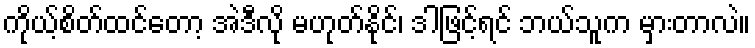
ကိုယ့်စိတ်ထင်တော့ အဲဒီလို မဟုတ်နိုင်၊ ဒါဖြင့်ရင် ဘယ်သူက မှားတာလဲ။